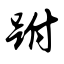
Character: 跗